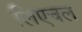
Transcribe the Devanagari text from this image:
लिएचल